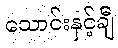
သောင်းနှင့်ချီ